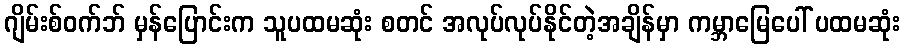
ဂျိမ်းစ်ဝက်ဘ် မှန်ပြောင်းက သူပထမဆုံး စတင် အလုပ်လုပ်နိုင်တဲ့အချိန်မှာ ကမ္ဘာမြေပေါ် ပထမဆုံး